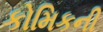
કોમિકની